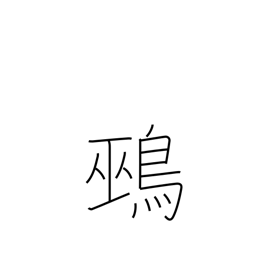
Meaning: unmottled quail